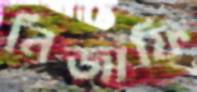
নিজাফি